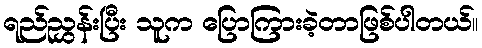
ရည်ညွှန်းပြီး သူက ပြောကြားခဲ့တာဖြစ်ပါတယ်။